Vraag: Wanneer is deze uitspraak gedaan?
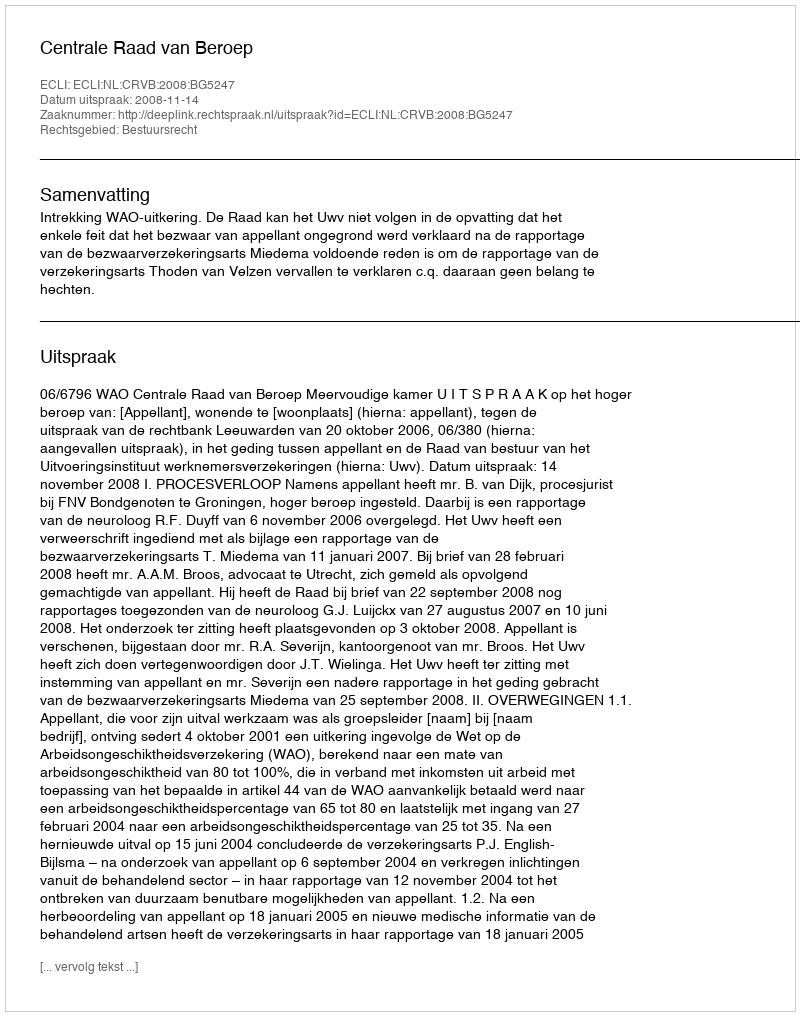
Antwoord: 2008-11-14